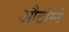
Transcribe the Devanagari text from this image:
औटोम्ने